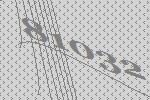
81032